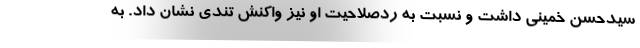
سیدحسن خمینی داشت و نسبت به ردصلاحیت او نیز واکنش تندی نشان داد. به‌